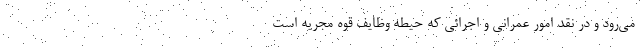
می‌رود و در نقد امور عمرانی و اجرائی که حیطه وظایف قوه مجریه است